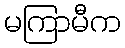
မကြာမီက